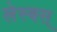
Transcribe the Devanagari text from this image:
लेस्बस्